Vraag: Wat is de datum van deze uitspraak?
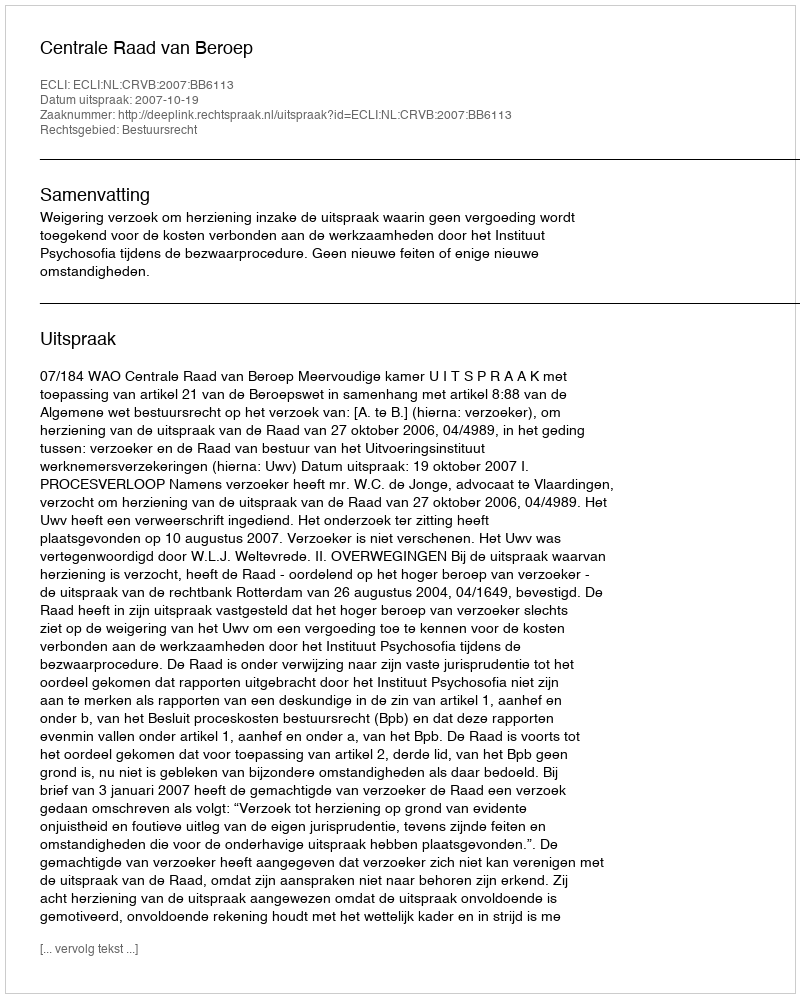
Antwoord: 2007-10-19